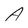
Character: A